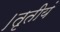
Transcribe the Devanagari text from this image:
।तृतीयं